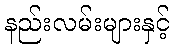
နည်းလမ်းများနှင့်